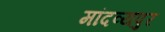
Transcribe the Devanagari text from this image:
मांदव्यपुर